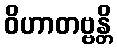
ဝိဟာတဗ္ဗန္တိ